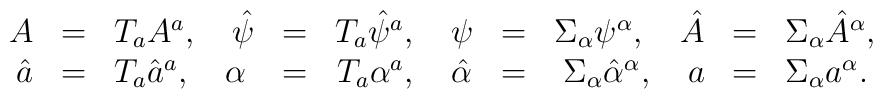
\begin{array}{rclrclrclrcl}A & = & T_a A^a, \quad \hat{\psi} & = & T_a \hat{\psi}^a, \quad \psi & = & \Sigma_\alpha \psi^\alpha, \quad \hat{A} & = & \Sigma_\alpha \hat{A}^\alpha,&  &  &  \\ \hat{a} & = & T_a \hat{a}^a, \quad \alpha & = & T_a \alpha^a, \quad \hat{\alpha} & = & \Sigma_\alpha \hat{\alpha}^\alpha, \quad a & = & \Sigma_\alpha a^\alpha. &  &  & \end{array}